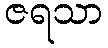
ဇရသာ